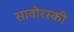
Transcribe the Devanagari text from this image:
सावोरस्की